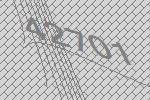
42701